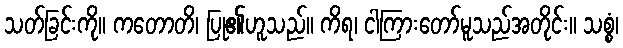
သတ်ခြင်းကို။ ကတောတိ၊ ပြု၏ဟူသည်။ ကိရ၊ ငါကြားတော်မူသည်အတိုင်း။ သစ္စံ၊